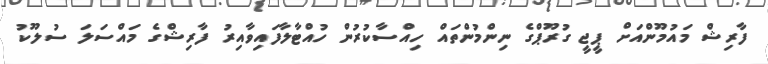
ފާރިޝް މައުމޫންއަށް ޕީޖީ ގުރޫޕްގެ ނިންމުންތައް ހިއްސާކުރުން ހުއްޓާލާފައިވާއިރު ފާރިޝްގެ މައްސަލަ ސުލޫކު